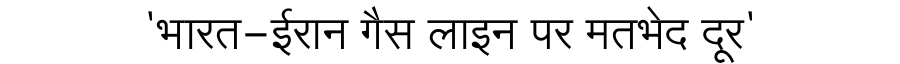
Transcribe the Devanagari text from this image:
'भारत-ईरान गैस लाइन पर मतभेद दूर'